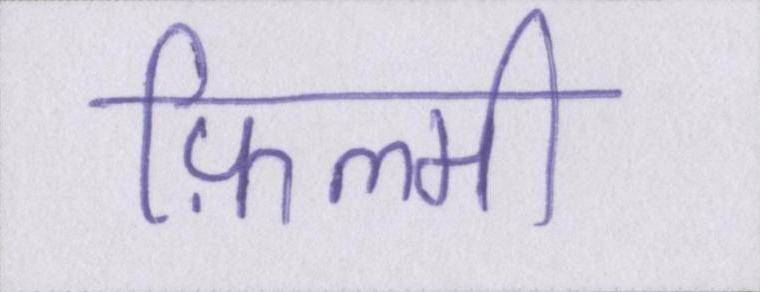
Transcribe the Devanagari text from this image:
फ़िल्मी